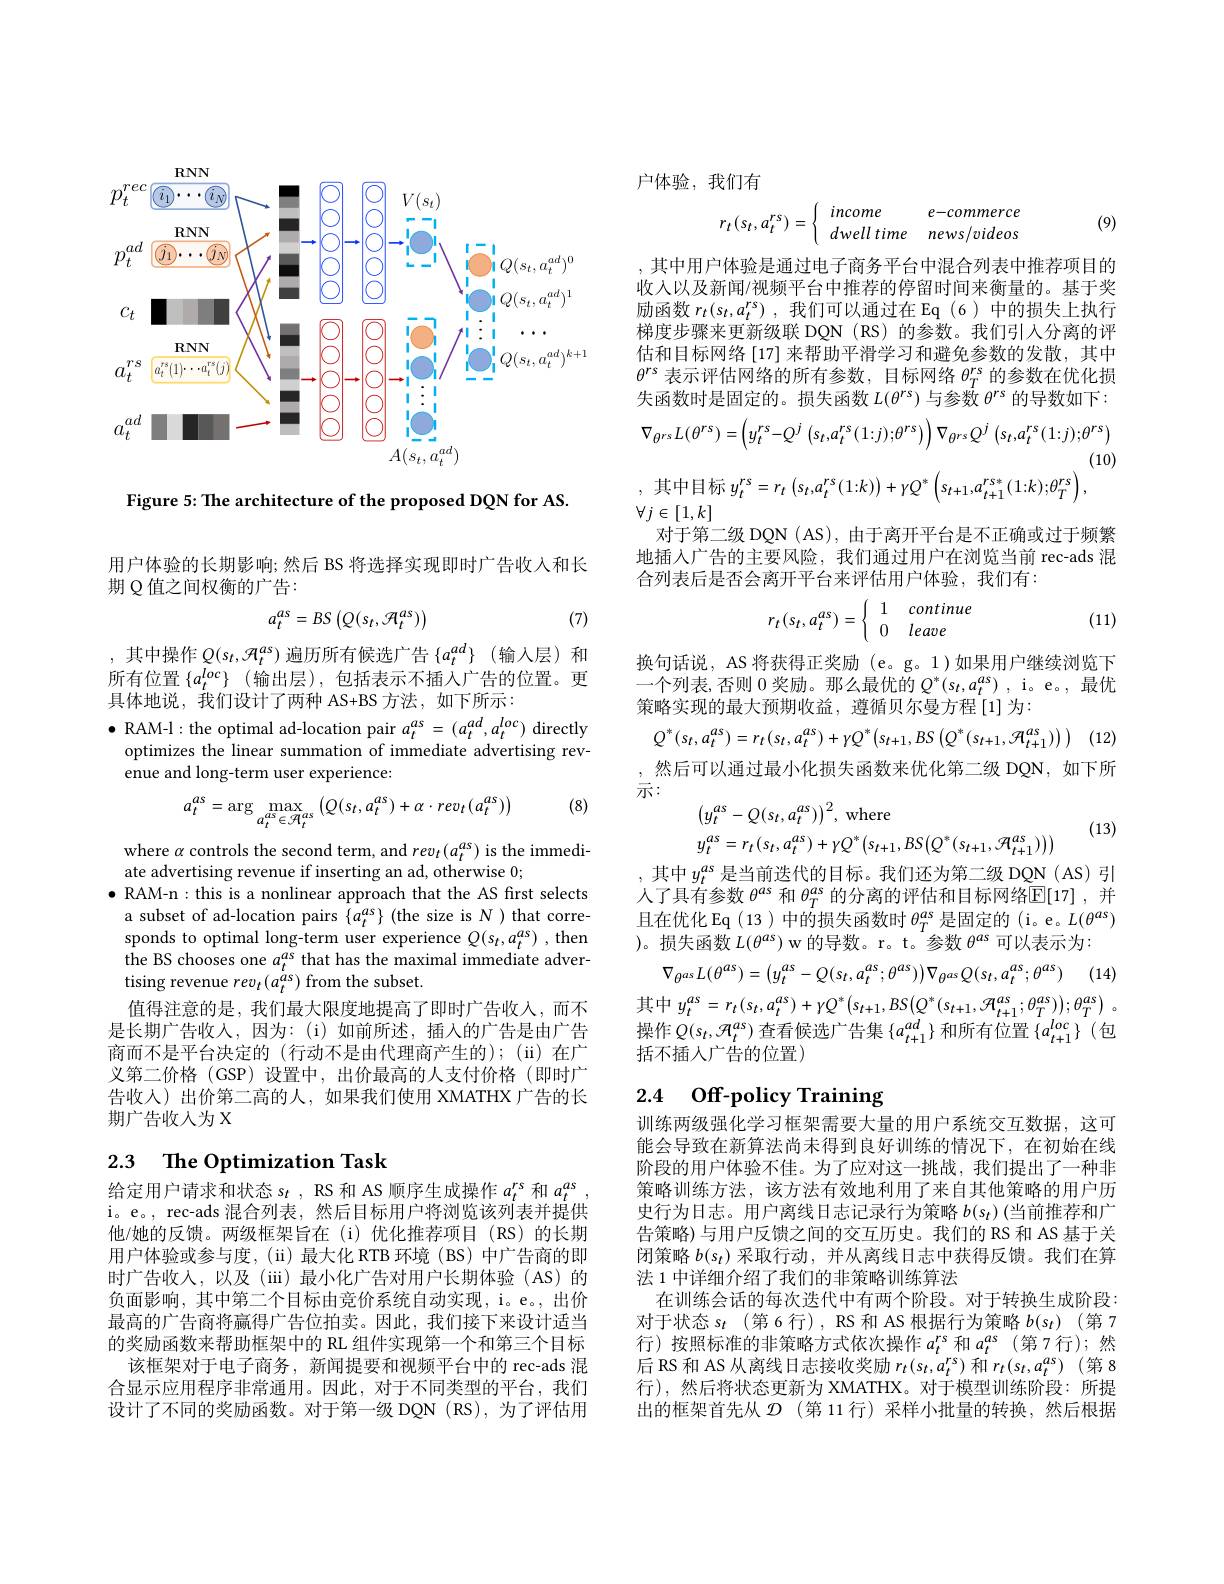
<FigureHere>

Figure 5: The architecture of the proposed DQN for AS.

用户体验的长期影响；然后 BS 将选择实现即时广告收入和长
期 Q 值之间权衡的广告：

(7)
$$a_{t}^{as}=BS\left(Q(s_{t},\mathcal{A}_{t}^{as})\right)$$
,其中操作$Q(s_t,\mathcal{H}_t^as)$ 遍历所有候选广告$\{a_t^ad\}$(输入层)和所有位置$\{a_t^{loc}\}$ (输出层),包括表示不插入广告的位置。更具体地说，我们设计了两种 AS+BS 方法，如下所示：

$\bullet$ RAM-l: the optimal ad-location pair $a_t^{as}=(a_t^{ad},a_t^{loc})$ directly
optimizes the linear summation of immediate advertising rev-
enue and long-term user experience:

(8)
$$a_{t}^{as}=\arg\max_{a_{t}^{as}\in\mathcal{H}_{t}^{as}}\left(Q(s_{t},a_{t}^{as})+\alpha\cdot rev_{t}(a_{t}^{as})\right)$$
where $\alpha$ controls the second term, and $rev_t(a_t^{as})$ is the immedi-
ate advertising revenue if inserting an ad, otherwise 0;
$\bullet$ RAM-n : this is a nonlinear approach that the AS first selects a subset of ad-location pairs $\{a_t^{as}\}$ (the size is N ) that corresponds to optimal long-term user experience $Q(s_t,a_t^{as})$ , then the BS chooses one $a_t^{as}$ that has the maximal immediate advertising revenue $rev_t(a_t^{\dot{a}s})$ from the subset.
值得注意的是，我们最大限度地提高了即时广告收入，而不是长期广告收入，因为：(i)如前所述，插人的广告是由广告商而不是平台决定的(行动不是由代理商产生的);(ii)在广义第二价格 (GSP) 设置中，出价最高的人支付价格(即时广告收入)出价第二高的人，如果我们使用 XMATHX 广告的长期广告收入为 X

## 2.3 $\textbf{The Optimization Task}$

给定用户请求和状态$s_t$ , RS 和 AS 顺序生成操作$a_t^rs$和$a_t^{as}$ i。e。, rec-ads 混合列表，然后目标用户将浏览该列表并提供他/她的反馈。两级框架旨在(i)优化推荐项目(RS)的长期用户体验或参与度，($\"{u})最大化 RTB 环境 (BS) 中广告商的即$ 时广告收入，以及(iii)最小化广告对用户长期体验(AS)的负面影响，其中第二个目标由竞价系统自动实现，i。e., 出价最高的广告商将赢得广告位拍卖。因此，我们接下来设计适当的奖励函数来帮助框架中的 RL 组件实现第一个和第三个目标
该框架对于电子商务，新闻提要和视频平台中的 rec-ads 混合显示应用程序非常通用。因此，对于不同类型的平台，我们设计了不同的奖励函数。对于第一级 DQN (RS),为了评估用

户体验，我们有
$$r_t(s_t,a_t^{rs})=\begin{cases}&income&e-commerce\\&dwell\:time&news/videos\end{cases}$$
(9)

,其中用户体验是通过电子商务平台中混合列表中推荐项目的收入以及新闻/视频平台中推荐的停留时间来衡量的。基于奖励函数$r_t( s_t, a_t^{rs})$ ,我们可以通过在 Eq(6)中的损失上执行梯度步骤来更新级联 DQN (RS) 的参数。我们引人分离的评估和目标网络[17] 来帮助平滑学习和避免参数的发散，其中$\theta^{rs}$表示评估网络的所有参数，目标网络$\theta_T^\mathrm{rs}$的参数在优化损失函数时是固定的。损失函数$L(\theta^rs)$与参数$\hat\theta^\mathrm{rs}$的导数如下：
$$\nabla_{\theta^{rs}}L(\theta^{rs})=\left(y_{t}^{rs}-Q^{j}\left(s_{t},a_{t}^{rs}(1{:}j){:}\theta^{rs}\right)\right)\nabla_{\theta^{rs}}Q^{j}\left(s_{t},a_{t}^{rs}(1{:}j){:}\theta^{rs}\right)$$
(10)
,其中目标$y_t^rs= r_t$ $\left ( s_t, a_t^{rs}\left ( 1{: }k\right ) \right ) + \gamma Q^* \left ( s_{t+ 1}, a_{t+ 1}^{rs* }\left ( 1{: }k\right ) ; \theta _T^{rs}\right ) $,
$\forall j\in[1,k]$
对于第二级 DQN (AS), 由于离开平台是不正确或过于频繁地插入广告的主要风险，我们通过用户在浏览当前 rec-ads 混合列表后是否会离开平台来评估用户体验，我们有：
$$r_t(s_t,a_t^{as})=\left\{\begin{array}{ll}1&continue\\0&leave\end{array}\right.$$
(11)

换句话说，AS 将获得正奖励(e。g。1)如果用户继续浏览下一个列表，否则0奖励。那么最优的$Q^*(s_t,a_t^{as})$ ,i。e。,最优策略实现的最大预期收益，遵循贝尔曼方程[1]为：
$$Q^{*}(s_{t},a_{t}^{as})=r_{t}(s_{t},a_{t}^{as})+\gamma Q^{*}\left(s_{t+1},BS\left(Q^{*}(s_{t+1},\mathcal{R}_{t+1}^{as})\right)\right)$$
,然后可以通过最小化损失函数来优化第二级 DQN,如下所
示：
$$\begin{aligned}&\left(y_{t}^{as}-Q(s_{t},a_{t}^{as})\right)^{2},\mathrm{~where}\\&y_{t}^{as}=r_{t}(s_{t},a_{t}^{as})+\gamma Q^{*}\left(s_{t+1},BS\left(Q^{*}(s_{t+1},\mathcal{H}_{t+1}^{as})\right)\right)\\\end{aligned}$$
(13)

其中$y_t^{as}$是当前迭代的目标。我们还为第二级 DQN (AS) 引人了具有参数$\theta^as$和$\theta_T^{as}$的分离的评估和目标网络$\overline{\mathbb{E}}[17]$ ,并且在优化 Eq $(13)\ddot\text{中的损失函数时 }\theta_T^{as}$是固定的(i。e。$L(\theta^as)$ )。损失函数$L(\theta^as)$ w 的导数。r。t。参数$\theta^as$可以表示为：
$$\nabla_{\theta^{as}}L(\theta^{as})=\left(y_{t}^{as}-Q(s_{t},a_{t}^{as};\theta^{as})\right)\nabla_{\theta^{as}}Q(s_{t},a_{t}^{as};\theta^{as})$$
$$\vdash y_{t}^{as}=r_{t}(s_{t},a_{t}^{as})+\gamma Q^{*}\big(s_{t+1},BS\big(Q^{*}(s_{t+1},\mathcal{R}_{t+1}^{as};\theta_{T}^{as})\big);\theta_{T}^{as}\big)$$
操作$Q(s_t,\mathcal{H}_t^{as})$查看候选广告集$\{a_t+1^{ad}\}$和所有位置$\{a_t+1^{loc}\}$ (包
括不插人广告的位置)

## 2.4 $0\mathbf{ff}$-policy Training

训练两级强化学习框架需要大量的用户系统交互数据，这可能会导致在新算法尚未得到良好训练的情况下，在初始在线阶段的用户体验不佳。为了应对这一挑战，我们提出了一种非策略训练方法，该方法有效地利用了来自其他策略的用户历史行为日志。用户离线日志记录行为策略$b(s_t)$ (当前推荐和广告策略)与用户反馈之间的交互历史。我们的 RS 和 AS 基于关闭策略$b(s_t)$采取行动 ,并从离线 日志中获得反馈。我们在算法 1 中详细介绍了我们的非策略训练算法
在训练会话的每次迭代中有两个阶段。对于转换生成阶段： 对于状态$s_t$(第6行),RS 和 AS 根据行为策略 $b(s_t)$ (第7行)按照标准的非策略方式依次操作$a_t^rs$ 和$a_t^{as}$(第7行);然后 RS 和 AS 从离线日志接收奖励$r_t(s_t,a_t^{rs})$和$r_t(s_t,a_t^{as})$ (第 8行),然后将状态更新为 XMATHX。对于模型训练阶段：所提出的框架首先从$\mathcal{D}$ (第 11 行) 采样小批量的转换，然后根据